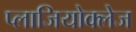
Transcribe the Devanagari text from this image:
प्लाजियोक्लेज